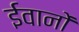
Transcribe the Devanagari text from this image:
ईवानों